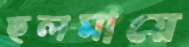
ছলমায়ে